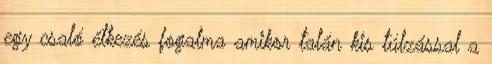
egy csaló étkezés fogalma amikor talán kis túlzással a